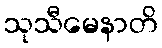
သုသီမေနာတိ